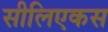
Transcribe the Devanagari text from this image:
सीलिएकस